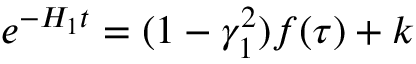
e ^ { - H _ { 1 } t } = ( 1 - \gamma _ { 1 } ^ { 2 } ) f ( \tau ) + k